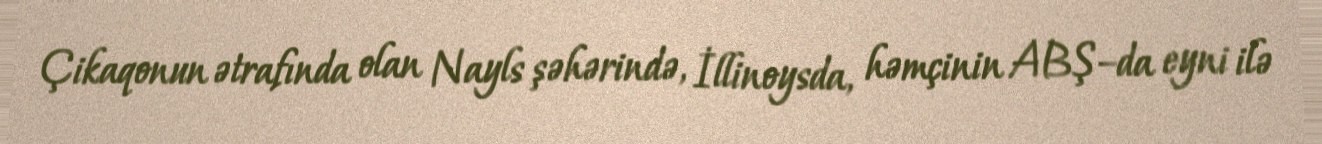
Çikaqonun ətrafında olan Nayls şəhərində, İllinoysda, həmçinin ABŞ–da eyni ilə